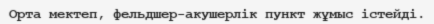
Орта мектеп, фельдшер-акушерлік пункт жұмыс істейді.